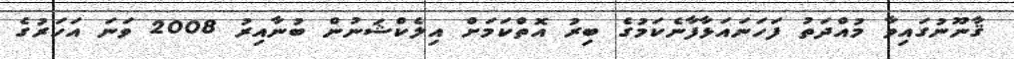
ޤާނޫނުގައިވާ މުއްދަތު ފަހަނައަޅާފާނެކަމުގެ ބިރު އޮތްކަމަށް އިލެކްޝަނުން ބުނާއިރު 2008 ވަނަ އަހަރުގެ